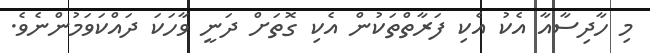
މި ހާދިސާއާ އެކު އެކި ފަރާތްތަކުން އެކި ގޮތަށް ދަނީ ވާހަކަ ދައްކަވަމުންނެވެ.